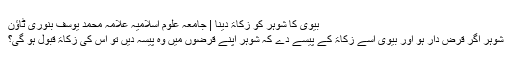
بیوی کا شوہر کو زکاۃ دینا | جامعہ علوم اسلامیہ علامہ محمد یوسف بنوری ٹاؤن
شوہر اگر قرض دار ہو اور بیوی اسے زکاۃ کے پیسے دے کہ شوہر اپنے قرضوں میں وہ پیسہ دیں تو اس کی زکاۃ قبول ہو گی؟